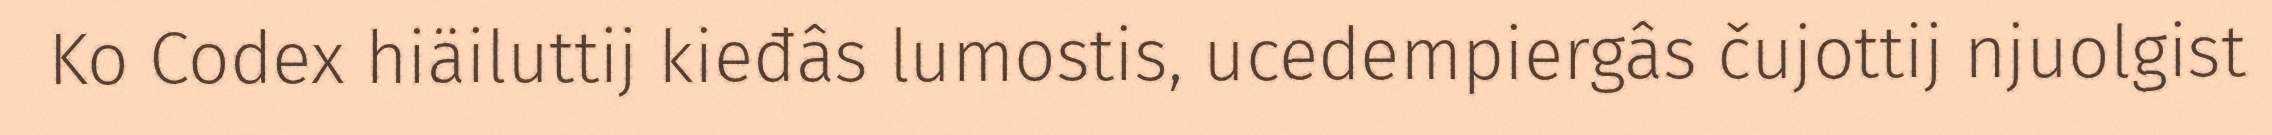
Ko Codex hiäiluttij kieđâs lumostis, ucedempiergâs čujottij njuolgist